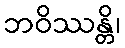
ဘဝိဿန္တိ၊